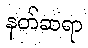
နတ်ဆရာ